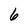
Character: 6